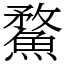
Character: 䱯